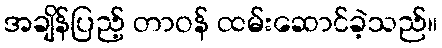
အချိန်ပြည့် တာဝန် ထမ်းဆောင်ခဲ့သည်။